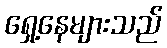
ရှေ့နေများသည်